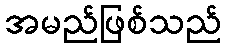
အမည်ဖြစ်သည်